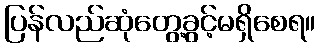
ပြန်လည်ဆုံတွေ့ခွင့်မရှိစေရ။